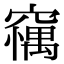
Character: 𥧼